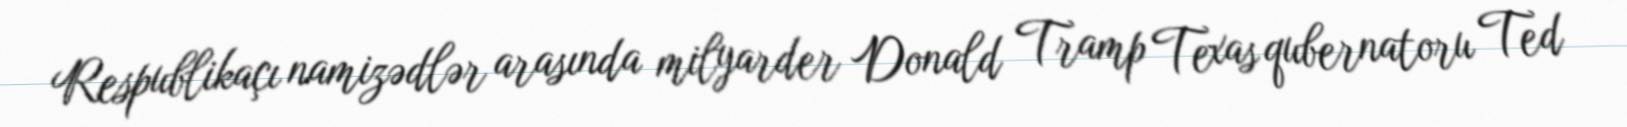
Respublikaçı namizədlər arasında milyarder Donald Tramp Texas qubernatoru Ted